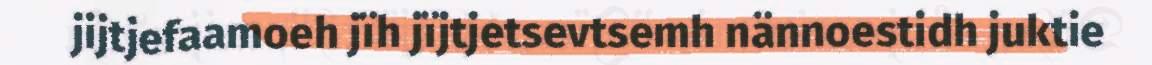
jijtjefaamoeh jïh jïjtjetsevtsemh nännoestidh juktie